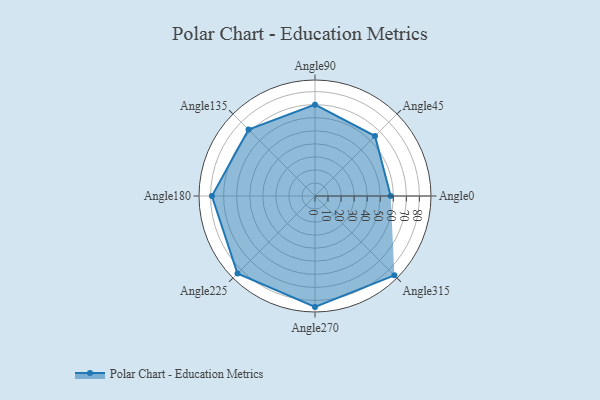
{"axis": {"x": "Angle", "y": "Radius"}, "legend": [""], "data": [{"x": "Angle0", "y": 58.0, "type": ""}, {"x": "Angle45", "y": 65.0, "type": ""}, {"x": "Angle90", "y": 70.0, "type": ""}, {"x": "Angle135", "y": 72.0, "type": ""}, {"x": "Angle180", "y": 79.0, "type": ""}, {"x": "Angle225", "y": 84.0, "type": ""}, {"x": "Angle270", "y": 85.0, "type": ""}, {"x": "Angle315", "y": 86.0, "type": ""}]}